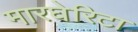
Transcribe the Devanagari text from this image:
मारघेरिटा